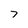
Character: 7